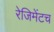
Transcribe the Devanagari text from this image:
रेजिमेंटच